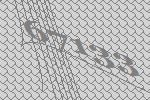
67133